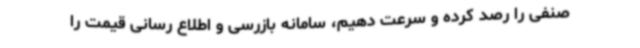
صنفی را رصد کرده و سرعت دهیم، سامانه بازرسی و اطلاع رسانی قیمت را